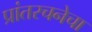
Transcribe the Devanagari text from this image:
प्रांतरचनेचा